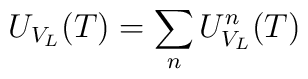
U_{V_L}(T)= \sum_n U^n_{V_L}(T)